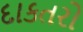
દાકતરો